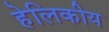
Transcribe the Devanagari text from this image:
हेलिकीय